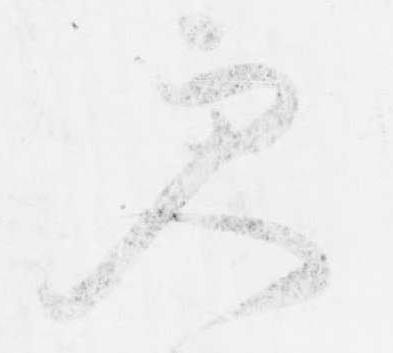
更